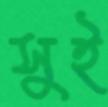
সুই